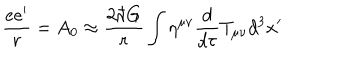
\frac { e e ^ { \prime } } { r } = A _ { 0 } \approx \frac { 2 \hbar G } { r } \int \eta ^ { \mu \nu } \frac { d } { d \tau } T _ { \mu \nu } d ^ { 3 } x ^ { \prime }